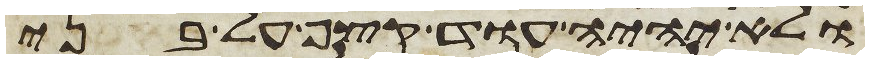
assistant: ולא יהיה עוד קצף על בני